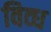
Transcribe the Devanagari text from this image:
विव्ध